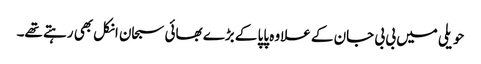
حویلی میں بی بی جان کے علاوہ پاپا کے بڑے بھائی سبحان انکل بھی رہتے تھے۔